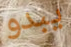
يبدو